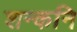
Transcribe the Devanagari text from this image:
शन्कनि